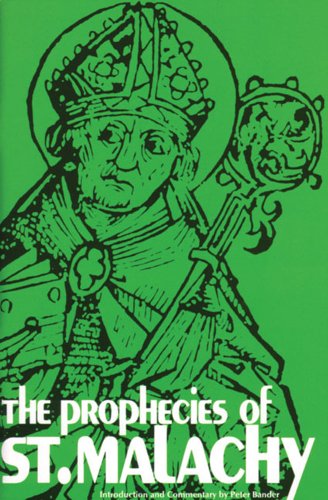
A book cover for The Prophecies of St. Malachy; Peter Bander; Christian Books & Bibles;